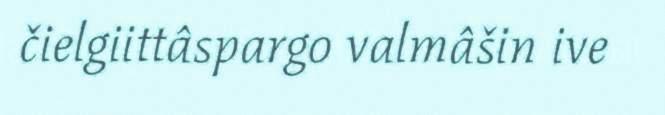
čielgiittâspargo valmâšin ive